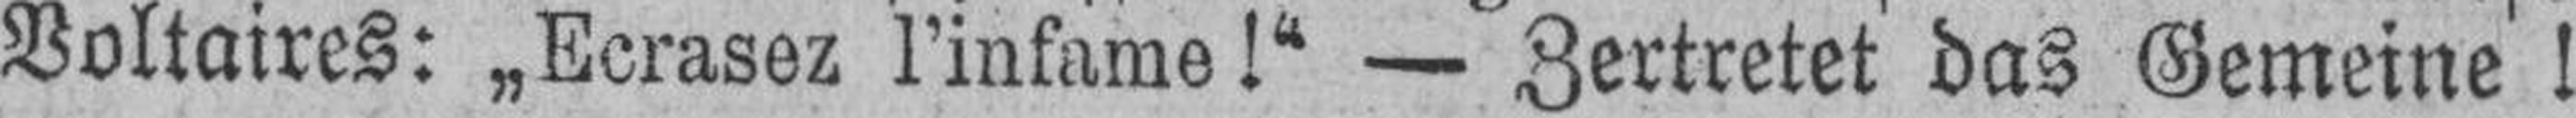
Voltaires: „Ecrasez l’infame!“ — Zertretet das Gemeine !